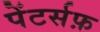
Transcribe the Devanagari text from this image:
पेंटर्सफ़